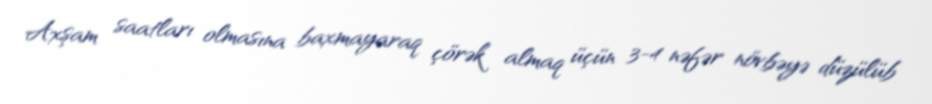
Axşam saatları olmasına baxmayaraq çörək almaq üçün 3-4 nəfər növbəyə düzülüb